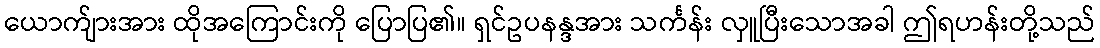
ယောက်ျားအား ထိုအကြောင်းကို ပြောပြ၏။ ရှင်ဥပနန္ဒအား သင်္ကန်း လှူပြီးသောအခါ ဤရဟန်းတို့သည်